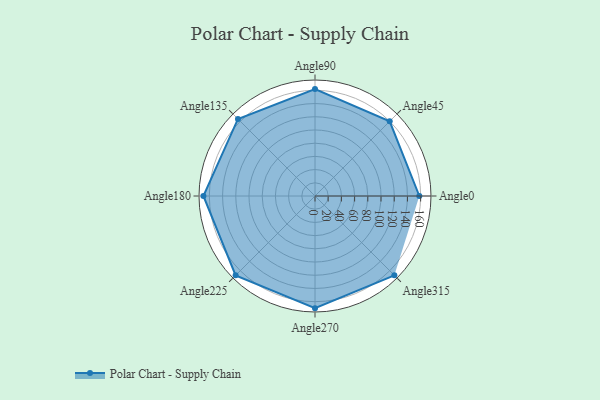
{"axis": {"x": "Angle", "y": "Radius"}, "legend": [""], "data": [{"x": "Angle0", "y": 158.0, "type": ""}, {"x": "Angle45", "y": 160.0, "type": ""}, {"x": "Angle90", "y": 162.0, "type": ""}, {"x": "Angle135", "y": 165.0, "type": ""}, {"x": "Angle180", "y": 169.0, "type": ""}, {"x": "Angle225", "y": 170, "type": ""}, {"x": "Angle270", "y": 170, "type": ""}, {"x": "Angle315", "y": 170, "type": ""}]}